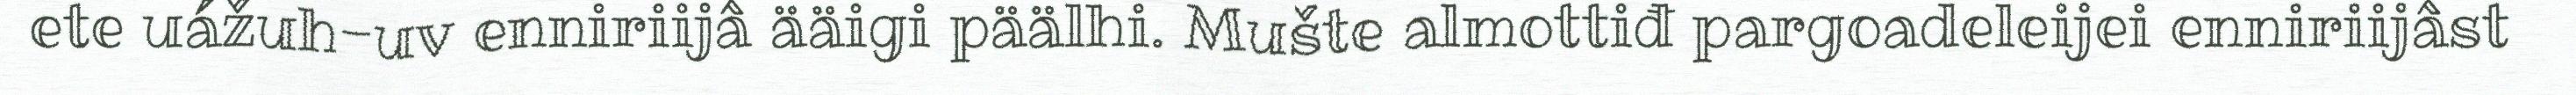
ete uážuh-uv enniriijâ ääigi päälhi. Mušte almottiđ pargoadeleijei enniriijâst